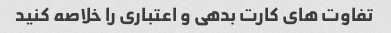
تفاوت های کارت بدهی و اعتباری را خلاصه کنید